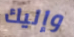
وإليك